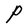
Character: P